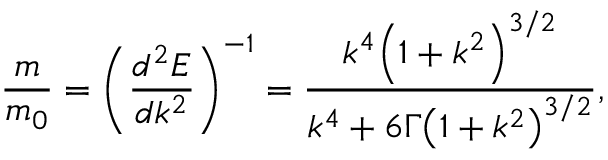
\frac { m } { { { m _ { 0 } } } } = { \left( { \frac { { { d ^ { 2 } } E } } { { d { k ^ { 2 } } } } } \right) ^ { - 1 } } = \frac { { { k ^ { 4 } } { { \left( { 1 + { k ^ { 2 } } } \right) } ^ { 3 / 2 } } } } { { { k ^ { 4 } } + 6 \Gamma { { \left( { 1 + { k ^ { 2 } } } \right) } ^ { 3 / 2 } } } } ,